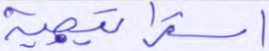
استراتجية